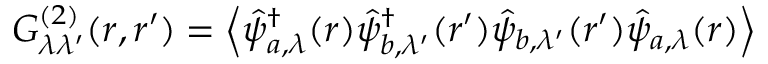
G _ { \lambda \lambda ^ { \prime } } ^ { ( 2 ) } ( \boldsymbol { r } , \boldsymbol { r } ^ { \prime } ) = \left\langle \hat { \psi } _ { a , \lambda } ^ { \dagger } ( \boldsymbol { r } ) \hat { \psi } _ { b , \lambda ^ { \prime } } ^ { \dagger } ( \boldsymbol { r } ^ { \prime } ) \hat { \psi } _ { b , \lambda ^ { \prime } } ( \boldsymbol { r } ^ { \prime } ) \hat { \psi } _ { a , \lambda } ( \boldsymbol { r } ) \right\rangle